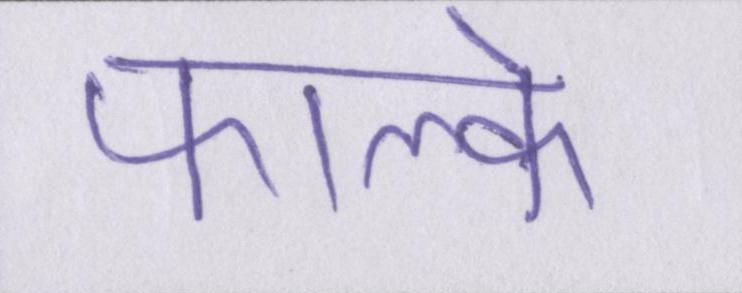
फाल्के